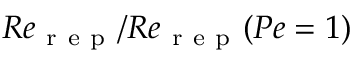
R e _ { \mathrm { ~ r ~ e ~ p ~ } } / R e _ { \mathrm { ~ r ~ e ~ p ~ } } ( P e = 1 )